Report on vaccination in Madras 1922-1929 - 1922-1929
Year: 1922
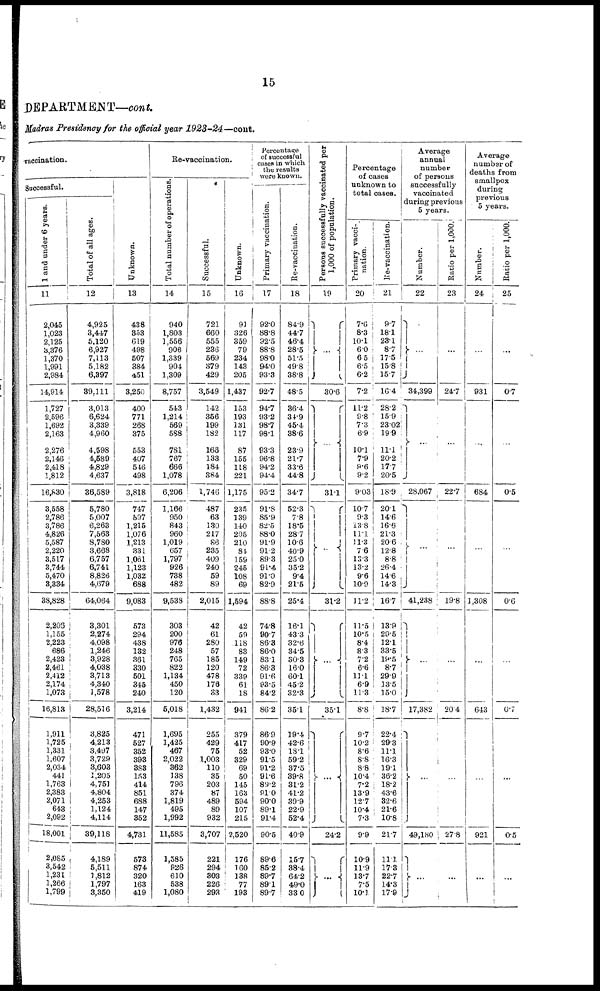
15
DEPARTMENT—cont.
Madras Presidency for the official year
1923-24—cont.
vaccination.
Successful.
1 and under 6 years.
11
2,045
1,023
2,125
3,376
1,370
1,991
2,984
14,914
1,727
2,596
1,692
2,163
2,276
2,146
2,418
1,812
16,830
3,558
2,786
3,786
4,826
5,587
2,220
3,517
3,744
5,470
3,334
38,828
2,206
1,155
2,223
686
2,423
2,461
2,412
2,174
1,073
16,813
1,911
1,725
1,331
1,607
2,034
441
1,763
2,383
2,071
643
2,092
18,001
2,085
3,542
1,231
1,266
1,799
Total of all ages.
12
4,925
3,447
5,120
6,927
7,113
5,182
6,397
39,111
3,013
6,624
3,339
4,960
4,598
4,589
4,829
4,637
36,589
5,780
5,007
6,263
7,563
8,780
3,668
6,757
6,741
8,826
4,679
64,064
3,301
2,274
4,098
1,246
3,928
4,038
3,713
4,340
1,578
28,516
3,825
4,213
3,497
3,729
3,603
1,205
4,751
4,804
4,253
1,124
4,114
39,118
4,189
5,511
1,812
1,797
3,350
Unknown.
13
438
853
619
498
507
384
451
3,250
400
771
268
375
553
407
546
498
3,818
747
597
1,215
1,076
1,213
331
1,061
1,123
1,032
688
9,083
573
294
438
132
361
330
501
345
240
3,214
471
527
352
393
383
153
414
851
688
147
352
4,731
573
874
320
163
419
Re-vaccination.
Total number of operations.
14
940
1,803
1,556
906
1,339
904
1,309
8,757
543
1,214
569
588
781
767
666
1,078
6,206
1,166
950
843
960
1,019
657
1,797
926
738
482
9,538
303
200
976
248
765
822
1,134
450
120
5,018
1,695
1,425
467
2,022
362
138
796
374
1,819
495
1,992
11,585
1,585
926
610
538
1,080
Successful.
15
721
660
555
236
569
379
429
3,549
142
356
199
182
166
133
184
384
1,746
487
63
130
217
86
235
409
240
59
89
2,015
42
61
280
57
185
120
478
176
33
1,432
255
429
75
1,003
110
35
203
87
489
89
932
3,707
221
294
303
226
293
Unknown.
16
91
326
359
79
234
143
205
1,437
153
193
131
117
87
155
118
221
1,175
235
139
140
205
210
84
159
245
108
69
1,594
42
59
118
83
149
72
339
61
18
941
379
417
52
329
69
50
145
163
594
107
215
2,520
176
160
138
77
193
Percentage
of successful
cases in which
the results
were known.
Primary vaccination.
17
92.0
88.8
92.5
88.8
98.0
94.0
93.3
92.7
94.7
93.2
98.7
98.1
93.3
96.8
94.2
94.4
95.2
91.8
85.9
82.5
88.0
91.9
91.2
89.3
91.4
91.0
82.9
88.8
74.8
90.7
86.3
86.0
83.1
86.3
91.6
93.5
84.2
86.2
86.9
90.9
93.0
91.5
91.2
91.6
89.2
91.0
90.0
89.1
91.4
90.5
89.6
85.2
89.7
89.1
89.7
Re-vaccination.
18
84.9
44.7
46.4
28.5
51.5
49.8
38.8
48.5
36.4
34.9
45.4
38.6
23.9
21.7
33.6
44.8
34.7
52.3
7.8
18.5
28.7
10.6
40.9
25.0
35.2
9.4
21.5
25.4
16.1
43.3
32.6
34.5
30.3
16.0
60.1
45.2
32.3
35.1
19.4
42.6
18.1
59.2
37.5
39.8
31.2
41.2
39.9
22.9
52.4
40.9
15.7
38.4
64.2
49.0
33.0
Persons successfully vaccinated per
1,000 of population.
19
...
30.6
...
31.1
...
31.2
...
35.1
...
24.2
...
Percentage
of cases
unknown to
total cases.
Primary vacci-
nation.
20
7.6
8.3
10.1
6.0
6.5
6.5
6.2
7.2
11.2
9.8
7.3
6.9
10.1
7.9
9.6
9.2
9.03
10.7
9.3
13.8
11.1
11.3
7.6
13.3
13.2
9.6
10.9
11.2
11.5
10.5
8.4
8.3
7.2
6.6
11.1
6.9
11.3
8.8
9.7
10.2
8.6
8.8
8.8
10.4
7.2
13.9
12.7
10.4
7.3
9.9
10.9
11.9
13.7
7.5
10.1
Re-vaccination.
21
9.7
18.1
23.1
8.7
17.5
15.8
15.7
16.4
28.2
15.9
23.02
19.9
11.1
20.2
17.7
20.5
18.9
20.1
14.6
16.6
21.3
20.6
12.8
8.8
26.4
14.6
14.3
16.7
13.9
29.5
12.1
33.5
19.5
8.7
29.9
13.5
15.0
18.7
22.4
29.3
11.1
16.3
19.1
36.2
18.2
43.6
32.6
21.6
10.8
21.7
11.1
17.3
22.7
14.3
17.9
Average
annual
number
of persons
successfully
vaccinated
during previous
5 years.
Number.
22
...
34,399
...
28,067
...
41,238
...
17,382
...
49,180
...
Ratio per 1,000.
23
...
24.7
...
22.7
...
19.8
...
20.4
...
27.8
...
Average
number of
deaths from
smallpox
during
previous
5 years.
Number.
24
...
931
...
684
...
1,308
...
643
...
921
...
Ratio per 1,000.
25
...
0.7
...
0.5
...
0.6
...
0.7
...
0.5
...